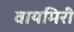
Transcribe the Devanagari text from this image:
वायमिरी